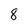
Character: 8